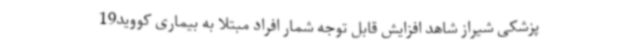
پزشکی شیراز شاهد افزایش قابل توجه شمار افراد مبتلا به بیماری کووید19